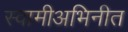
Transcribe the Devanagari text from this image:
स्वामीअभिनीत